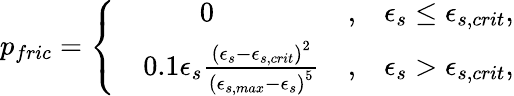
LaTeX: \begin{array}{r}{p_{fric}=\left\{ \begin{array}{rlrl}&{~~~~~~~~0}&{,}&{\epsilon_{s}\le\epsilon_{s,crit},}\\ &{0.1\epsilon_{s}\frac{\left(\epsilon_{s}-\epsilon_{s,crit}\right)^{2}}{\left(\epsilon_{s,max}-\epsilon_{s}\right)^{5}}}&{,}&{\epsilon_{s}>\epsilon_{s,crit},}\end{array}\right.}\end{array}